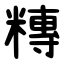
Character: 䊜